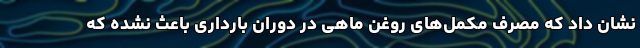
نشان داد که مصرف مکمل‌های روغن ماهی در دوران بارداری باعث نشده که